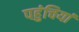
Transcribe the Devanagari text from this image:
पहुंचियां